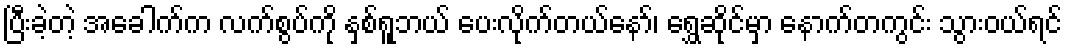
ပြီးခဲ့တဲ့ အခေါက်က လက်စွပ်ကို နှစ်ရူဘယ် ပေးလိုက်တယ်နော်၊ ရွှေဆိုင်မှာ နောက်တကွင်း သွားဝယ်ရင်